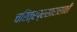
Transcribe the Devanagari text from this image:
चरित्रप्रसारासाठी